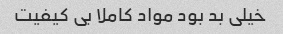
خیلی بد بود مواد کاملا بی کیفیت